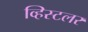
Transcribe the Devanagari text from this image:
व्हिस्टलर